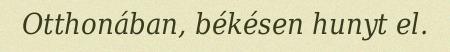
Otthonában, békésen hunyt el.